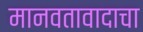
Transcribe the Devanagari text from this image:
मानवतावादाचा